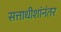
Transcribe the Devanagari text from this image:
सत्ताधीशांनंतर